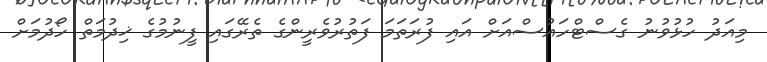
މިއަދު ހުޅުވުނު ގެސްޓްހައުސްއަށް އައި ފުރަތަމަ ފަތުރުވެރީންގެ ތެރޭގައި ފީނުމުގެ ޚިދުމަތް ހޯދުމަށް